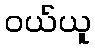
ဝယ်ယူ